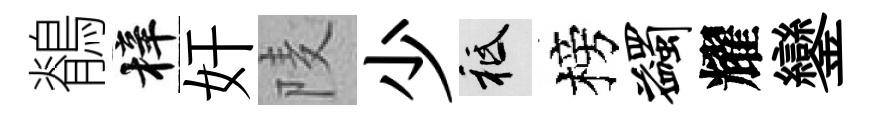
鶺梓奸𨹧少祇榜蠲耀鑾